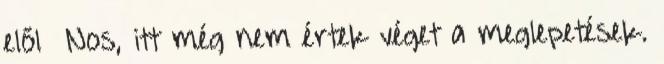
elől Nos, itt még nem értek véget a meglepetések.